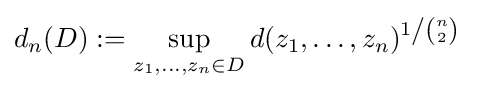
d_{n}(D):=\sup _{z_{1},\ldots ,z_{n}\in D}d(z_{1},\ldots ,z_{n})^{1\left/{\binom {n}{2}}\right.}